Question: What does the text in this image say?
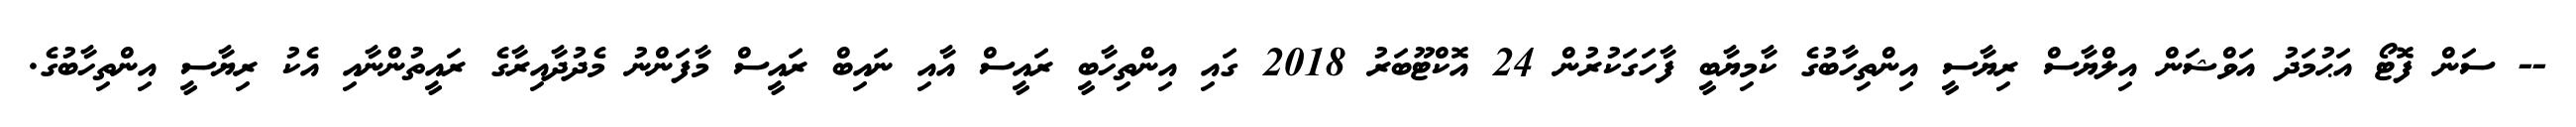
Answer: -- ސަން ފޮޓޯ އަޙުމަދު އަވްޝަން އިލްޔާސް ރިޔާސީ އިންތިހާބުގެ ކާމިޔާބީ ފާހަގަކުރުން 24 އޮކްޓޫބަރު 2018 ގައި އިންތިހާބީ ރައީސް އާއި ނައިބް ރައީސް މާފަންނު މެދުދާއިރާގެ ރައީތުންނާއި އެކު ރިޔާސީ އިންތިހާބުގެ.